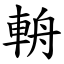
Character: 輈